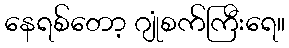
နေရစ်တော့ ဂျုံစက်ကြီးရေ။